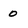
Character: 0